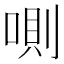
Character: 𠷌